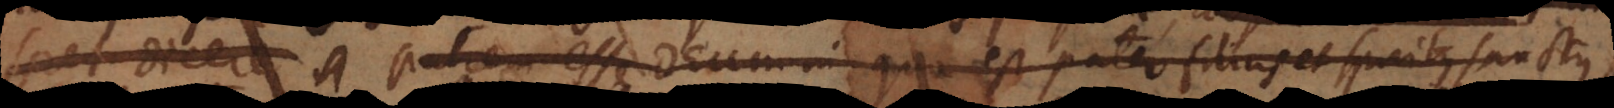
foret dicere Patrem esse Deum, in quo est Pater filius et Spiritus Sanctus